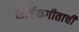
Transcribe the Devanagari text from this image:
शीर्षकगीताची